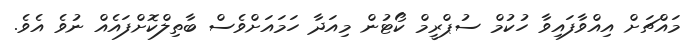
މައްޗަށް އިއްވާފައިވާ ހުކުމް ސުޕްރީމް ކޯޓުން މިއަދާ ހަމައަށްވެސް ބާތިލްކޮށްފައެއް ނުވެ އެވެ.